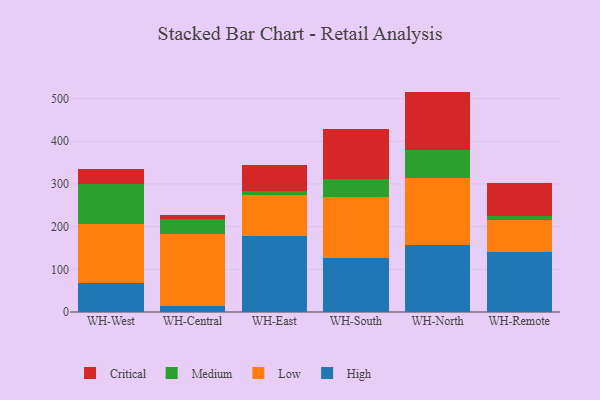
{"axis": {"x": "Warehouse", "y": "Latency (ms)"}, "legend": ["Critical", "High", "Low", "Medium"], "data": [{"x": "WH-West", "y": 67.2, "type": "High"}, {"x": "WH-West", "y": 139.6, "type": "Low"}, {"x": "WH-West", "y": 92.6, "type": "Medium"}, {"x": "WH-West", "y": 35.7, "type": "Critical"}, {"x": "WH-Central", "y": 13.3, "type": "High"}, {"x": "WH-Central", "y": 170.0, "type": "Low"}, {"x": "WH-Central", "y": 34.2, "type": "Medium"}, {"x": "WH-Central", "y": 10.3, "type": "Critical"}, {"x": "WH-East", "y": 178.1, "type": "High"}, {"x": "WH-East", "y": 96.0, "type": "Low"}, {"x": "WH-East", "y": 10.2, "type": "Medium"}, {"x": "WH-East", "y": 60.1, "type": "Critical"}, {"x": "WH-South", "y": 125.8, "type": "High"}, {"x": "WH-South", "y": 142.8, "type": "Low"}, {"x": "WH-South", "y": 42.9, "type": "Medium"}, {"x": "WH-South", "y": 116.9, "type": "Critical"}, {"x": "WH-North", "y": 156.3, "type": "High"}, {"x": "WH-North", "y": 157.8, "type": "Low"}, {"x": "WH-North", "y": 66.4, "type": "Medium"}, {"x": "WH-North", "y": 135.9, "type": "Critical"}, {"x": "WH-Remote", "y": 140.7, "type": "High"}, {"x": "WH-Remote", "y": 75.2, "type": "Low"}, {"x": "WH-Remote", "y": 9.7, "type": "Medium"}, {"x": "WH-Remote", "y": 77.6, "type": "Critical"}]}